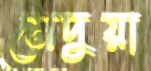
মেদুয়া